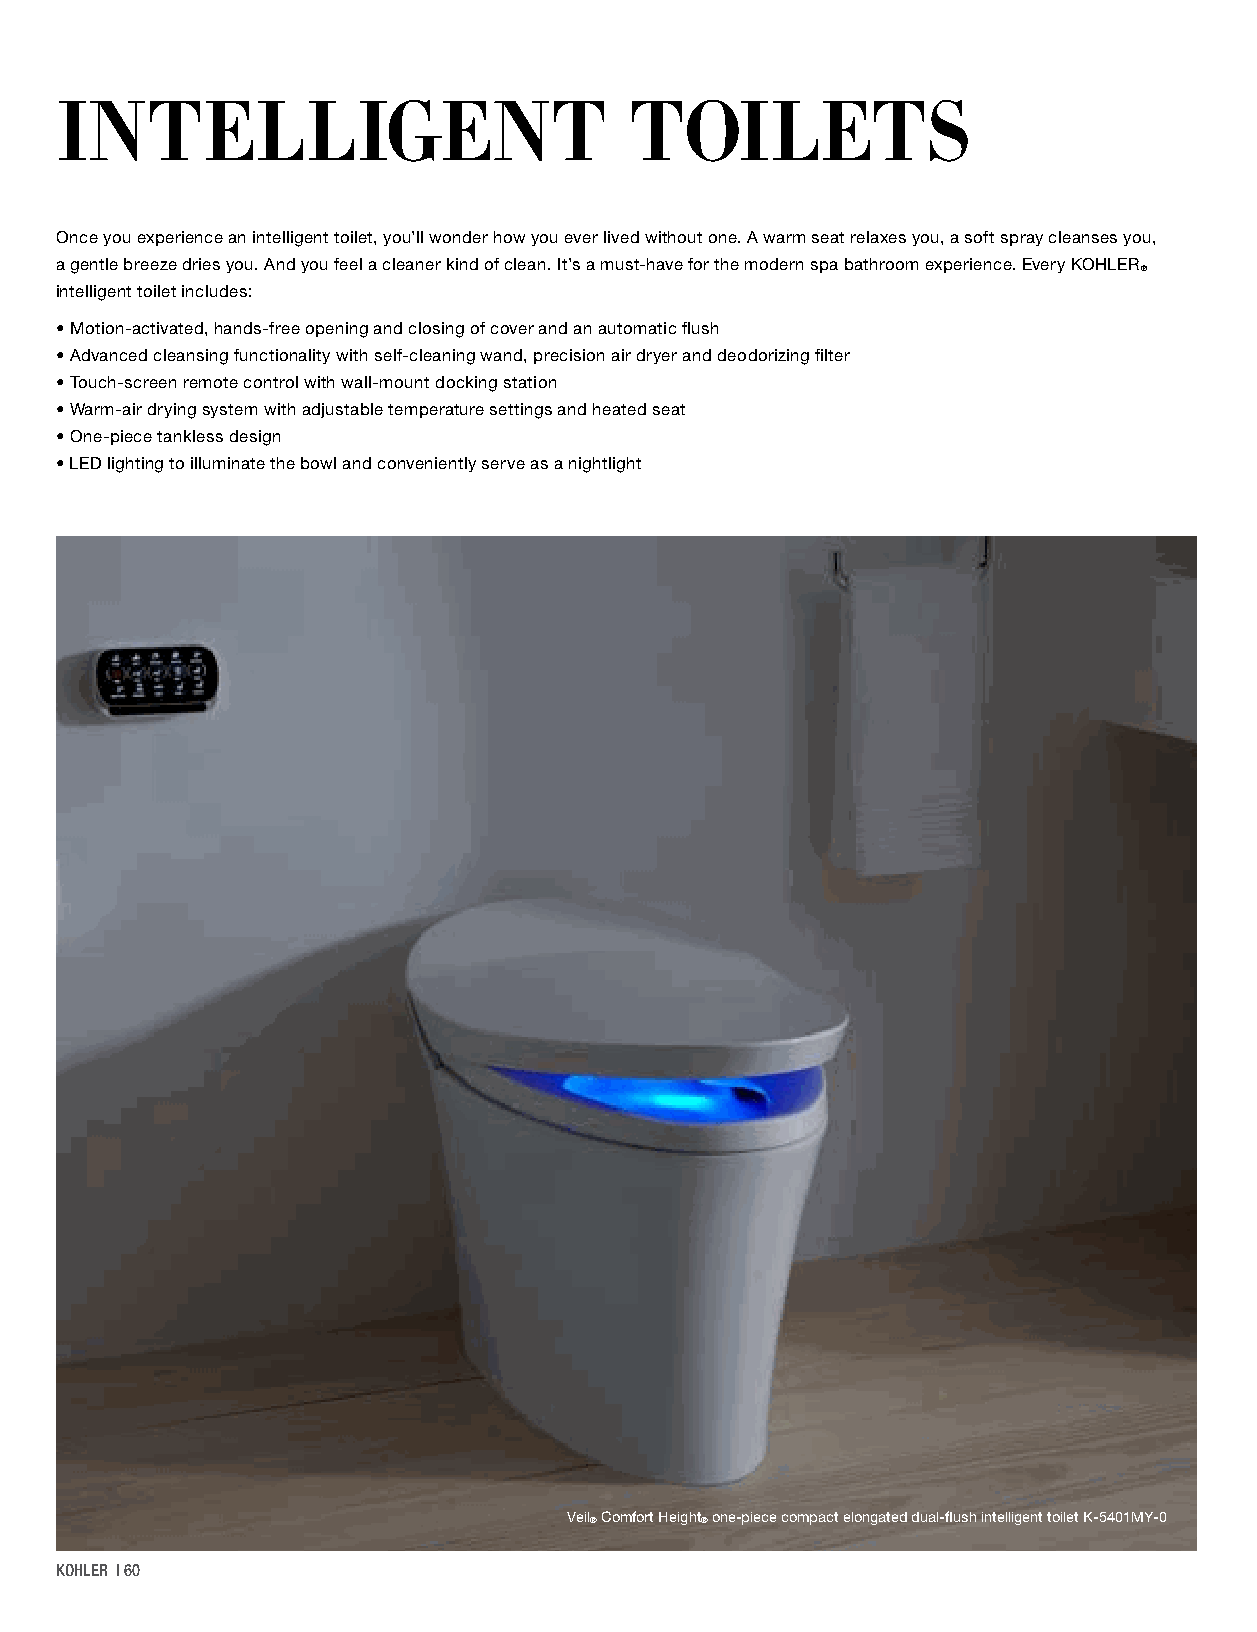
INTELLIGENT                           TOILETS
 Once you experience an intelligent toilet, you’ll wonder how you ever lived without one. A warm seat relaxes you, a soft spray cleanses you,
 a gentle breeze dries you. And you feel a cleaner kind of clean. It’s a must-have for the modern spa bathroom experience. Every KOHLER
 ®
 intelligent toilet includes:
 • M otion-activated, hands-free opening and closing of cover and an automatic flush
 • A dvanced cleansing functionality with self-cleaning wand, precision air dryer and deodorizing filter
 • T ouch-screen remote control with wall-mount docking station
 • W arm-air drying system with adjustable temperature settings and heated seat
 • One-piece tankless design
 • LED lighting to illuminate the bowl and conveniently serve as a nightlight
 Veil® Comfort Height® one-piece compact elongated dual-flush intelligent toilet K-5401MY-0
 KOHLER | 60